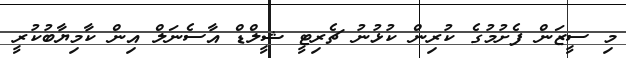
މި ސީޒަން ފެށުމުގެ ކުރިން ކުޅުނު ޗެރިޓީ ޝީލްޑް އާސެނަލް އިން ކާމިޔާބުކުރީ